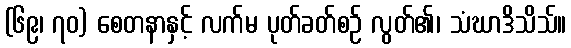
(၆၉၊ ၇၀) စေတနာနှင့် လက်မ ပုတ်ခတ်စဉ် လွတ်၏၊ သံဃာဒိသိသ်။